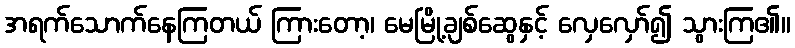
အရက်သောက်နေကြတယ် ကြားတော့၊ မေမြို့ချစ်ဆွေနှင့် လှေလှော်၍ သွားကြ၏။